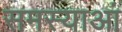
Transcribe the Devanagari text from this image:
समस्याआं